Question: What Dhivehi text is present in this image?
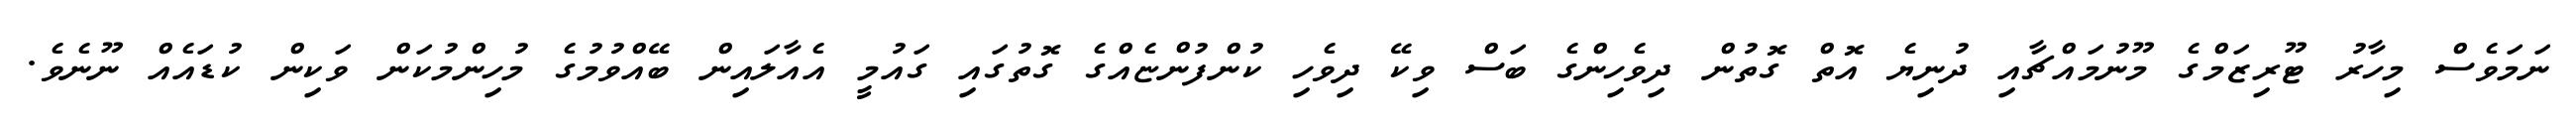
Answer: ނަމަވެސް މިހާރު ޓޫރިޒަމްގެ މޫނުމައްޗާއި ދުނިޔެ އޮތް ގޮތުން ދިވެހިންގެ ބަސް ވިކޭ ދިވެހި ކުންފުންޏެއްގެ ގޮތުގައި ގައުމީ އެއާލައިން ބޭއްވުމުގެ މުހިންމުކަން ވަކިން ކުޑައެއް ނޫނެވެ.